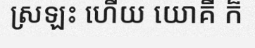
ស្រឡះ ហើយ យោគី ក៏